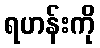
ရဟန်းကို